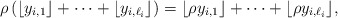
\begin{align*}\rho\left(\lfloor y_{i,1}\rfloor+\cdots+\lfloor y_{i,\ell_i}\rfloor\right)=\lfloor \rho y_{i,1}\rfloor+\cdots+\lfloor \rho y_{i,\ell_i}\rfloor,\end{align*}